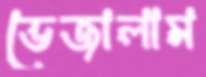
ভেজালাম